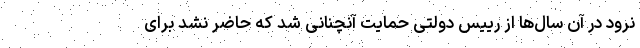
نرود در آن سال‌ها از رییس دولتی حمایت آنچنانی شد که حاضر نشد برای